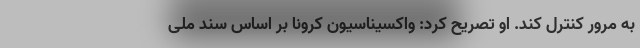
به مرور کنترل کند. او تصریح کرد: واکسیناسیون کرونا بر اساس سند ملی